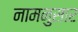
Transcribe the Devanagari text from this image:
नामनुसार